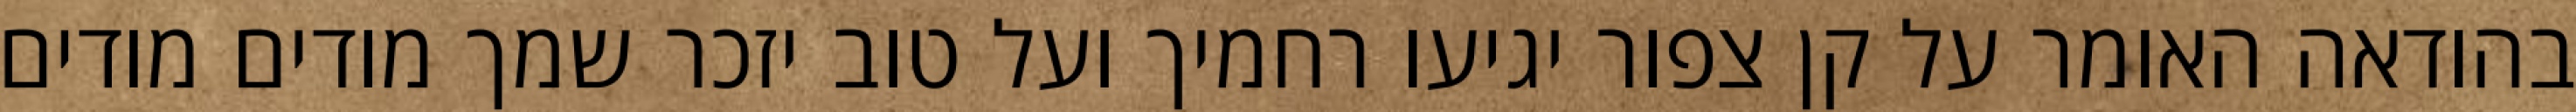
בהודאה האומר על קן צפור יגיעו רחמיך ועל טוב יזכר שמך מודים מודים